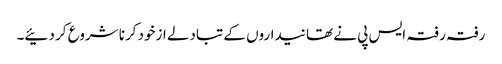
رفتہ رفتہ ایس پی نے تھانیداروں کے تبادلے ازخود کرنا شروع کر دئیے۔